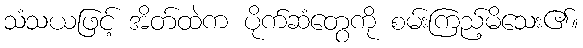
သံသယဖြင့် အိတ်ထဲက ပိုက်ဆံတွေကို စမ်းကြည့်မိသေး၏။